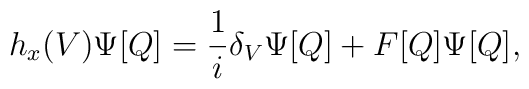
h_x(V)\Psi[Q]={1\over i}\delta_V\Psi[Q] + F[Q]\Psi[Q],